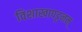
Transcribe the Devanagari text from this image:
विशाखापट्टनम्